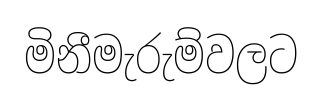
මිනීමැරුම්වලට